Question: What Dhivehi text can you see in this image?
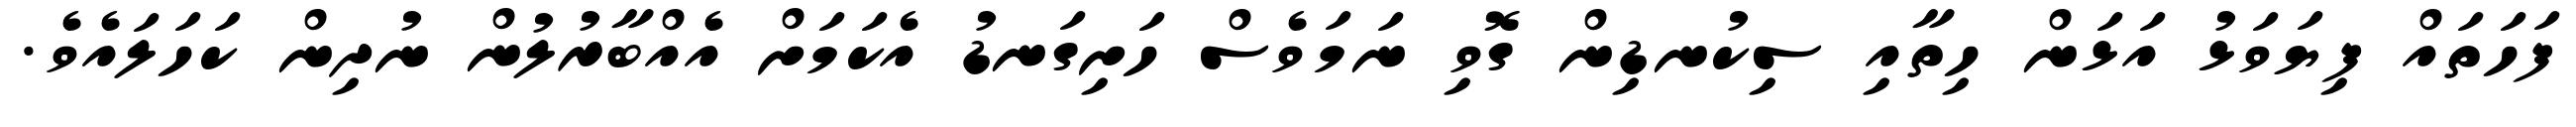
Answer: ފަހަތައް ފިޔަވަޅު އަޅަން ހިތާއި ސިކުނޑިން ގޮވި ނަމަވެސް ހަށިގަނޑު އެކަމަށް އެއްބާރުލުން ނުދިން ކަހަލައެވެ.